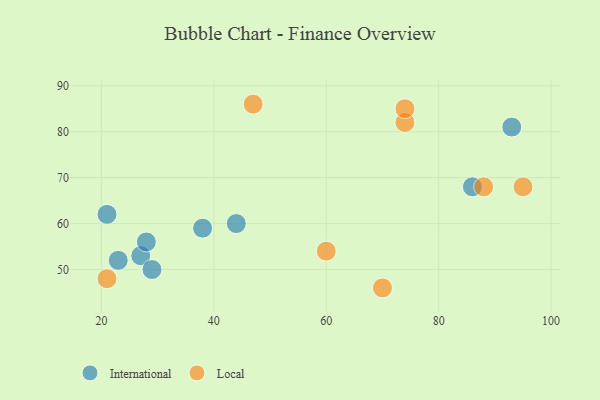
{"axis": {"x": "GDP", "y": "Life Expectancy"}, "legend": ["International", "Local"], "data": [{"x": "93", "y": 81, "type": "International"}, {"x": "21", "y": 62, "type": "International"}, {"x": "38", "y": 59, "type": "International"}, {"x": "27", "y": 53, "type": "International"}, {"x": "44", "y": 60, "type": "International"}, {"x": "23", "y": 52, "type": "International"}, {"x": "28", "y": 56, "type": "International"}, {"x": "29", "y": 50, "type": "International"}, {"x": "86", "y": 68, "type": "International"}, {"x": "70", "y": 46, "type": "Local"}, {"x": "21", "y": 48, "type": "Local"}, {"x": "74", "y": 82, "type": "Local"}, {"x": "88", "y": 68, "type": "Local"}, {"x": "74", "y": 85, "type": "Local"}, {"x": "47", "y": 86, "type": "Local"}, {"x": "60", "y": 54, "type": "Local"}, {"x": "95", "y": 68, "type": "Local"}]}